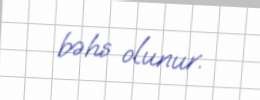
bəhs olunur.